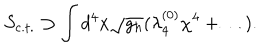
S _ { \mathrm { c . t . } } \supset \int d ^ { 4 } x \sqrt { g _ { h } } ( \lambda _ { 4 } ^ { ( 0 ) } \chi ^ { 4 } + \ldots ) .